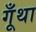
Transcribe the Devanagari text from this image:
गूँथा